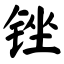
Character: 锉